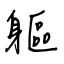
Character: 軀